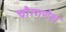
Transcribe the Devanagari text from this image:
चौरगणेश